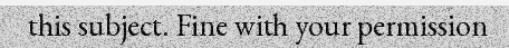
this subject. Fine with your permission